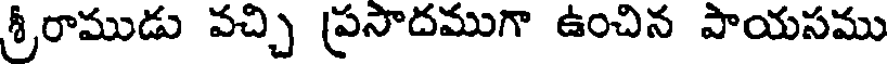
శ్రీరాముడు వచ్చి ప్రసాదముగా ఉంచిన పాయసము